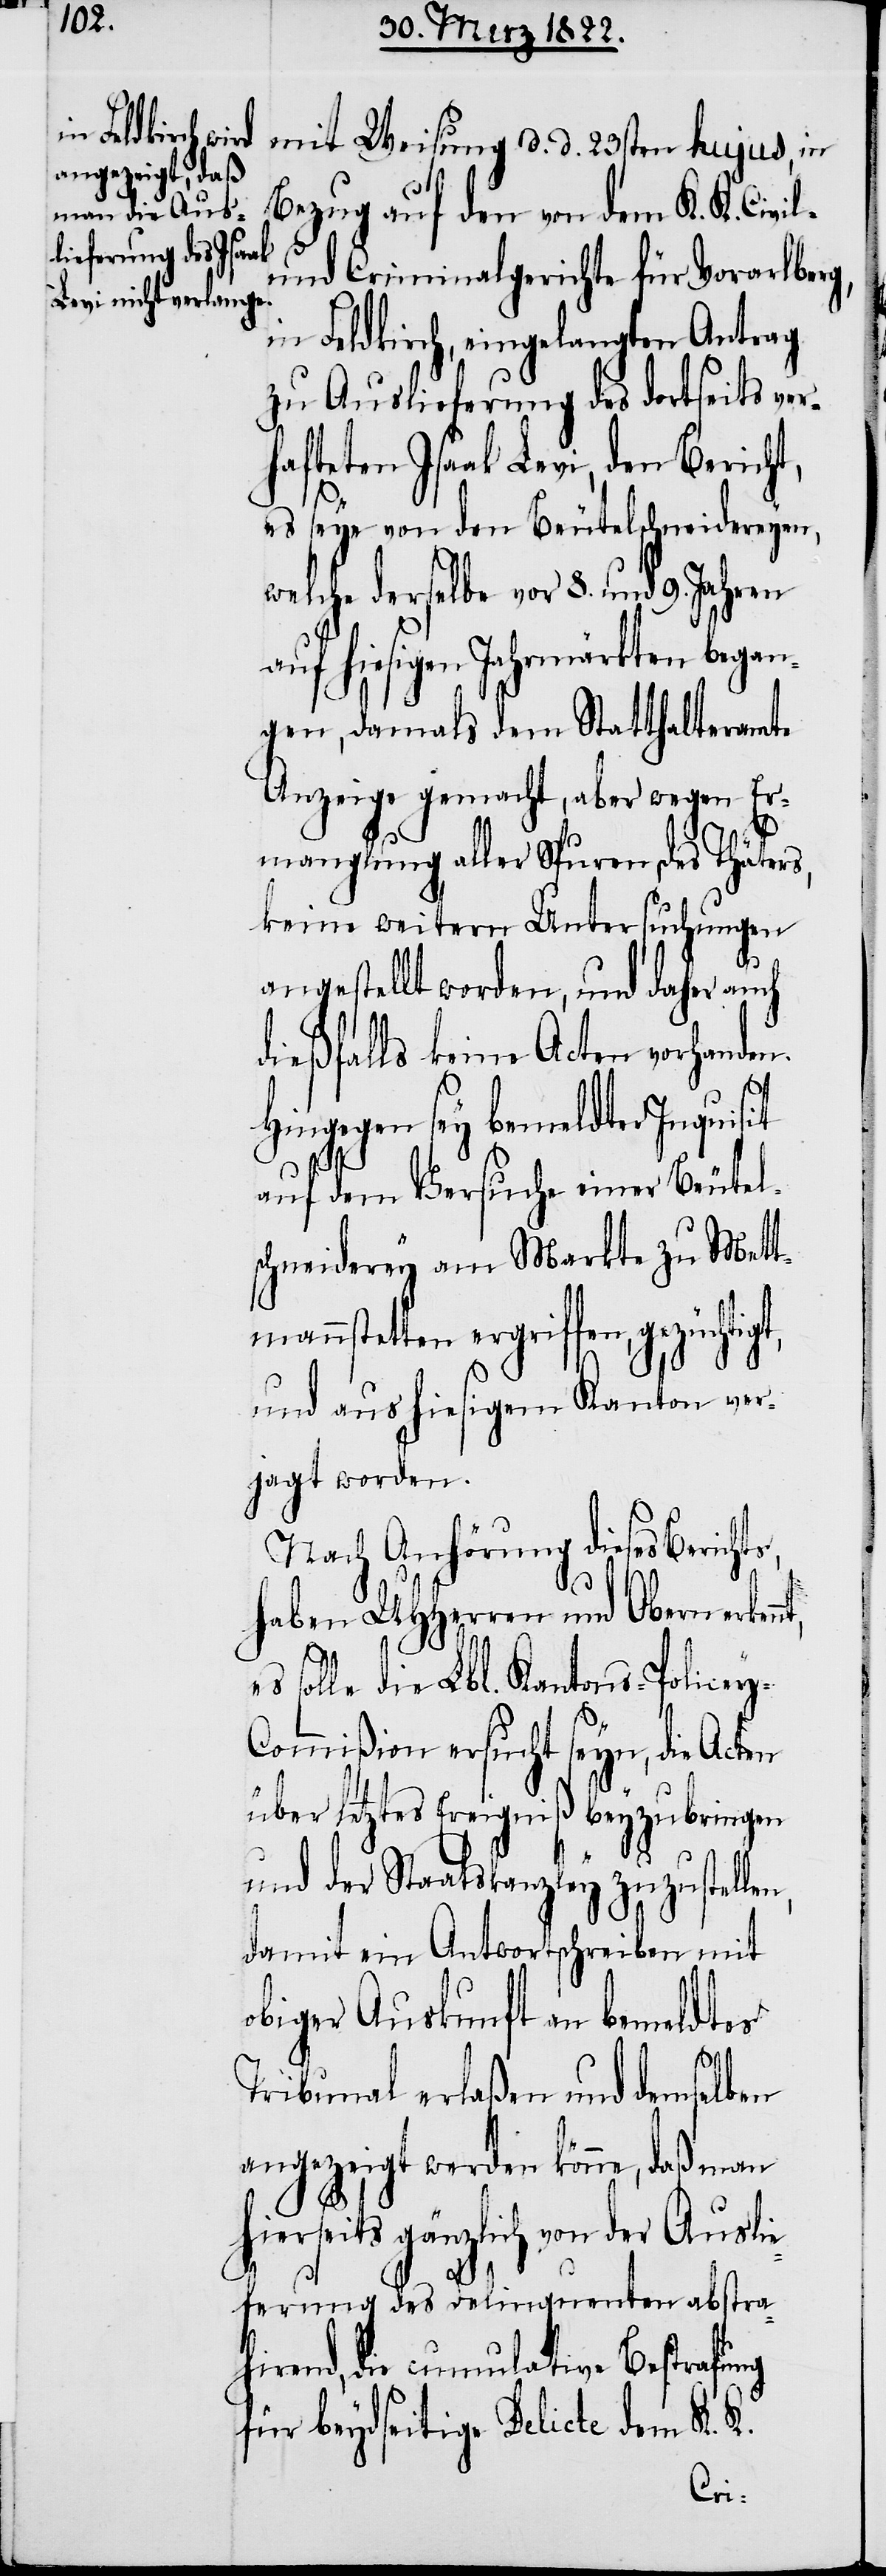
ts,
len,

mit Weisung d. d. 23sten hujus, in
Bezug auf den von dem K. K. Civil-
und Criminalgerichte für Vorarlberg,
in Feldkirch, eingelangten Antrag
zu Auslieferung des dortseits ver¬
hafteten Isaak Levi, den Bericht,
es seye von den Beutelschneidereyen,
welche derselbe vor 8. und 9.
auf hiesigen Jahrmärkten began¬
gen, damals dem Statthalteramte
Anzeige gemacht, aber wegen Er¬
manglung aller Spuren des Thäters,
keine weitern Untersuchungen
angestellt worden, und daher auch
dießfalls keine Acten vorhanden.
Hingegen sey bemeldter Inquisit
auf dem Versuche einer Beutel¬
schneiderey am Markte zu Mett¬
mannstetten ergriffen, gezüchtig¬
und aus hiesigem Kanton ver¬
jagt worden.
Nach Anhörung dieses Berich¬
haben UHHerren und Obern erken¬
solle die Lbl. Kantons-Policey-C¬
ommißion ersucht seyn, die Acten
über letztes Ereigniß beyzubringen
und der Staatskanzley zuzustel¬
damit ein Antwortschreiben mit
obiger Auskunft an bemeldtes
Tribunal erlaßen und demselben
angezeigt werden könne, daß man
hierseits gänzlich von der Ausli¬
eferung des Delinquenten abstra¬
hirend, die cumulative Bestrafung
für beydseitige Delicte dem K. K.
nt,